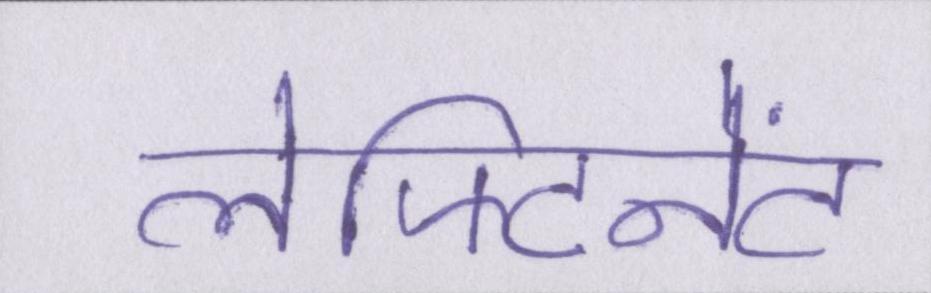
लेफ्टिनेंट